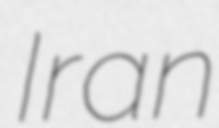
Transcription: Iran